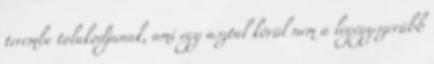
terembe tolakodjanak, ami egy asztal körül nem a legegyszerűbb